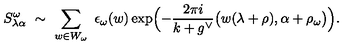
S _ { \lambda \alpha } ^ { \omega } \ \sim \ \sum _ { w \in W _ { \omega } } \ \epsilon _ { \omega } ( w ) \exp \Bigl ( - \frac { 2 \pi i } { k + g ^ { \vee } } \bigl ( w ( \lambda + \rho ) , \alpha + \rho _ { \omega } \bigr ) \Bigr ) .